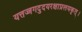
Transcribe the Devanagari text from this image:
यत्तज्जगदुदयरक्षाप्रलयकृत्।